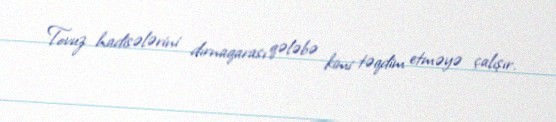
Tovuz hadisələrini dırnaqarası qələbə kimi təqdim etməyə çalışır.